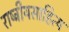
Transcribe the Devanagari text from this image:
राष्ट्रीयसाहित्य